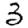
Digit: 3